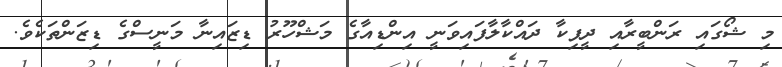
މި ޝޯގައި ރަންބީރާއި ދީޕިކާ ދައްކާލާފައިވަނީ އިންޑިއާގެ މަޝްހޫރު ޑިޒައިނާ މަނީސްގެ ޑިޒަންތަކެވެ.